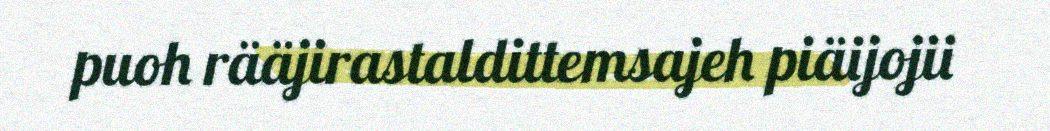
puoh rääjirastaldittemsajeh piäijojii